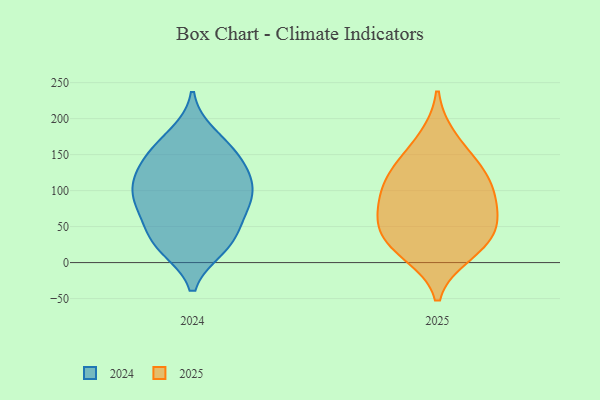
{"axis": {"x": "Churn Rate (%)", "y": "Value"}, "legend": ["2024", "2025"], "data": [{"x": "", "y": 86, "type": "2025"}, {"x": "", "y": 52, "type": "2025"}, {"x": "", "y": 125, "type": "2025"}, {"x": "", "y": 37, "type": "2025"}, {"x": "", "y": 173, "type": "2025"}, {"x": "", "y": 136, "type": "2025"}, {"x": "", "y": 12, "type": "2025"}, {"x": "", "y": 19, "type": "2025"}, {"x": "", "y": 76, "type": "2025"}, {"x": "", "y": 93, "type": "2025"}, {"x": "", "y": 47, "type": "2025"}, {"x": "", "y": 119, "type": "2025"}, {"x": "", "y": 28, "type": "2024"}, {"x": "", "y": 88, "type": "2024"}, {"x": "", "y": 58, "type": "2024"}, {"x": "", "y": 37, "type": "2024"}, {"x": "", "y": 76, "type": "2024"}, {"x": "", "y": 79, "type": "2024"}, {"x": "", "y": 22, "type": "2024"}, {"x": "", "y": 177, "type": "2024"}, {"x": "", "y": 102, "type": "2024"}, {"x": "", "y": 116, "type": "2024"}, {"x": "", "y": 116, "type": "2024"}, {"x": "", "y": 21, "type": "2024"}, {"x": "", "y": 94, "type": "2024"}, {"x": "", "y": 164, "type": "2024"}, {"x": "", "y": 134, "type": "2024"}, {"x": "", "y": 152, "type": "2024"}, {"x": "", "y": 140, "type": "2024"}]}